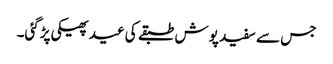
جس سے سفید پوش طبقے کی عید پھیکی پڑگئی۔